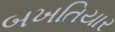
બખતિયાર